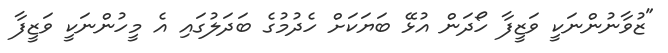
"ޒުވާނުންނަކީ ވަޒީފާ ހޯދަން އުޅޭ ބަޔަކަށް ހެދުމުގެ ބަދަލުގައި އެ މީހުންނަކީ ވަޒީފާ